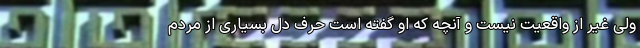
ولی غیر از واقعیت نیست و آنچه که او گفته است حرف دل بسیاری از مردم